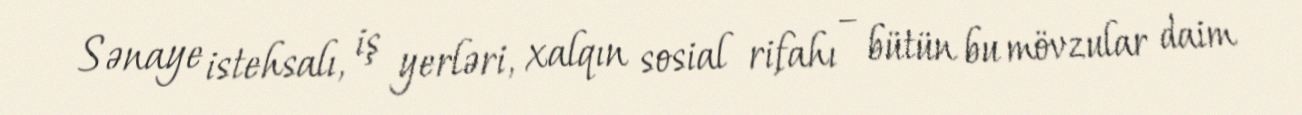
Sənaye istehsalı, iş yerləri, xalqın sosial rifahı – bütün bu mövzular daim